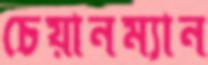
চেয়ানম্যান